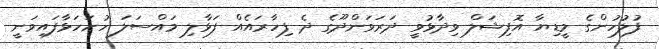
ފުލުހުންގެ މީޑިޔާ އޮފިޝަލް ވިދާޅުވީ ދަރަވަންދޫގެ ދެ ފިހާރައެއް ފަޅާލި މައްސަލަ ހުށަހަޅާފައިވަނީ